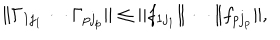
\| \Gamma _ { 1 j _ { 1 } } \cdots \Gamma _ { p j _ { p } } \| \le \| f _ { 1 j _ { 1 } } \| \cdots \| f _ { p j _ { p } } \| ,